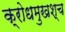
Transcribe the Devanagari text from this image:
क्रोधमुखश्च